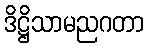
ဒိဋ္ဌိသာမညဂတာ